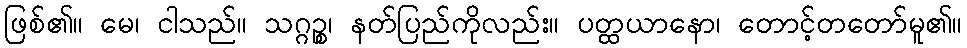
ဖြစ်၏။ မေ၊ ငါသည်။ သဂ္ဂဉ္စ၊ နတ်ပြည်ကိုလည်း။ ပတ္ထယာနော၊ တောင့်တတော်မူ၏။